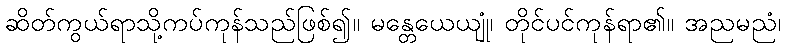
ဆိတ်ကွယ်ရာသို့ကပ်ကုန်သည်ဖြစ်၍။ မန္တေယေယျုံ၊ တိုင်ပင်ကုန်ရာ၏။ အညမညံ၊